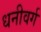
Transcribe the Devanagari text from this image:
धनीवर्ग